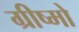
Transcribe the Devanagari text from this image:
ग्रीष्मो